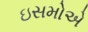
ઇસમોએ